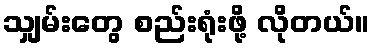
သျှမ်းတွေ စည်းရုံးဖို့ လိုတယ်။